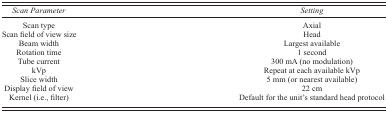
| Scan Parameter | Setting |
 | --- | --- |
 | Scan type | Axial |
 | Scan field of view size | Head |
 | Beam width | Largest available |
 | Rotation time | 1 second |
 | Tube current | 300 mA (no modulation) |
 | kVp | Repeat at each available kVp |
 | Slice width | 5 mm (or nearest available) |
 | Display field of view | 22 cm |
 | Kernel (i.e., filter) | Default for the unit's standard head protocol |